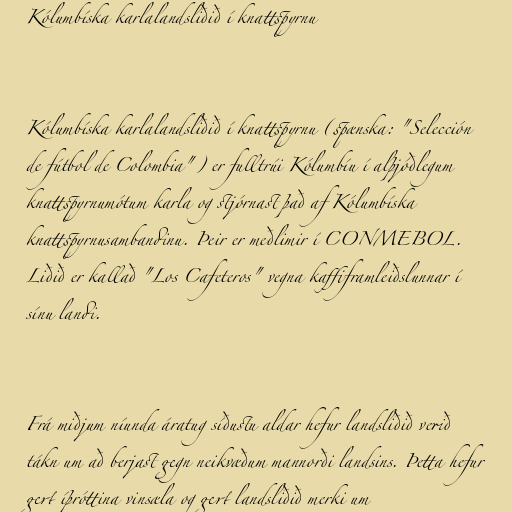
Kólumbíska karlalandsliðið í knattspyrnu

Kólumbíska karlalandsliðið í knattspyrnu (spænska: "Selección
de fútbol de Colombia") er fulltrúi Kólumbíu í alþjóðlegum
knattspyrnumótum karla og stjórnast það af Kólumbíska
knattspyrnusambandinu. Þeir er meðlimir í CONMEBOL.
Liðið er kallað "Los Cafeteros" vegna kaffiframleiðslunnar í
sínu landi.

Frá miðjum níunda áratug síðustu aldar hefur landsliðið verið
tákn um að berjast gegn neikvæðum mannorði landsins. Þetta hefur
gert íþróttina vinsæla og gert landsliðið merki um